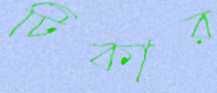
টিকার